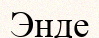
Энде